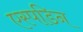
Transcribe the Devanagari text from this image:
एस्पडिन